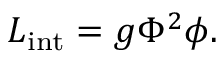
{ \cal L } _ { \mathrm { i n t } } = g \Phi ^ { 2 } \phi .